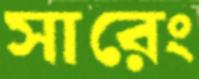
সারেং